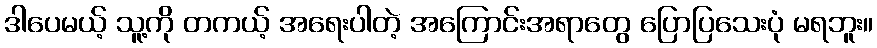
ဒါပေမယ့် သူ့ကို တကယ့် အရေးပါတဲ့ အကြောင်းအရာတွေ ပြောပြသေးပုံ မရဘူး။